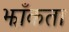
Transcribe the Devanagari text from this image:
झाँकता